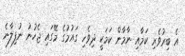
އެ ބިރުވެރި ކަމާއި ނާމާން ކަމަކީ ދިވެހި ގައުމުގެ މޭގައި ޖެހުނު ނުފިލާނެ